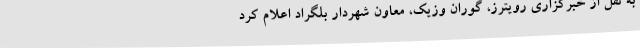
به نقل از خبرگزاری رویترز، گوران وزیک، معاون شهردار بلگراد اعلام کرد